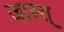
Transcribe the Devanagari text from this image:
जास्त्‌